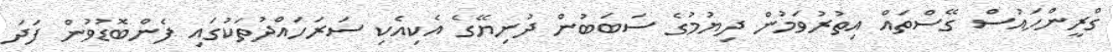
ގްރީންހައުސް ގޭސްތައް އިތުރުވަމުން ދިޔުމުގެ ސަބަބުން ދުނިޔޭގެ އެކިއެކި ސަރަހައްދުތަކުގައި ފެންބޮޑުވުން ފަދަ